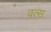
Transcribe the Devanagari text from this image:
वत्‍स